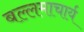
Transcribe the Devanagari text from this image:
बल्लमाचार्य